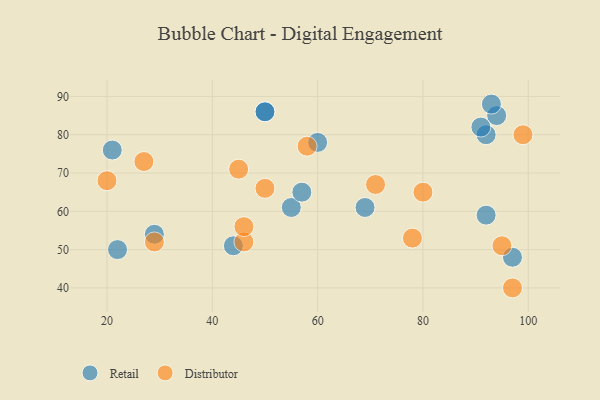
{"axis": {"x": "GDP", "y": "Life Expectancy"}, "legend": ["Distributor", "Retail"], "data": [{"x": "50", "y": 86, "type": "Retail"}, {"x": "94", "y": 85, "type": "Retail"}, {"x": "93", "y": 88, "type": "Retail"}, {"x": "60", "y": 78, "type": "Retail"}, {"x": "55", "y": 61, "type": "Retail"}, {"x": "21", "y": 76, "type": "Retail"}, {"x": "97", "y": 48, "type": "Retail"}, {"x": "57", "y": 65, "type": "Retail"}, {"x": "29", "y": 54, "type": "Retail"}, {"x": "92", "y": 80, "type": "Retail"}, {"x": "92", "y": 59, "type": "Retail"}, {"x": "50", "y": 86, "type": "Retail"}, {"x": "44", "y": 51, "type": "Retail"}, {"x": "22", "y": 50, "type": "Retail"}, {"x": "69", "y": 61, "type": "Retail"}, {"x": "91", "y": 82, "type": "Retail"}, {"x": "29", "y": 52, "type": "Distributor"}, {"x": "95", "y": 51, "type": "Distributor"}, {"x": "71", "y": 67, "type": "Distributor"}, {"x": "46", "y": 52, "type": "Distributor"}, {"x": "50", "y": 66, "type": "Distributor"}, {"x": "46", "y": 56, "type": "Distributor"}, {"x": "78", "y": 53, "type": "Distributor"}, {"x": "45", "y": 71, "type": "Distributor"}, {"x": "20", "y": 68, "type": "Distributor"}, {"x": "97", "y": 40, "type": "Distributor"}, {"x": "99", "y": 80, "type": "Distributor"}, {"x": "27", "y": 73, "type": "Distributor"}, {"x": "58", "y": 77, "type": "Distributor"}, {"x": "80", "y": 65, "type": "Distributor"}]}